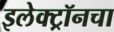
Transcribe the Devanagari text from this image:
इलेक्ट्रॉनचा